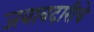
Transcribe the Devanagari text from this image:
जवाबदारीचे